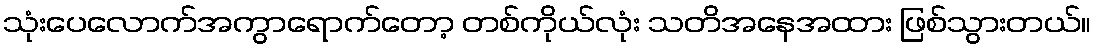
သုံးပေလောက်အကွာရောက်တော့ တစ်ကိုယ်လုံး သတိအနေအထား ဖြစ်သွားတယ်။